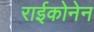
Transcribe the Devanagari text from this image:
राईकोनेन